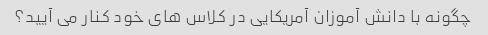
چگونه با دانش آموزان آمریکایی در کلاس های خود کنار می آیید؟